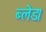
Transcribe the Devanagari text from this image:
ब्लेड।